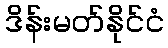
ဒိန်းမတ်နိုင်ငံ